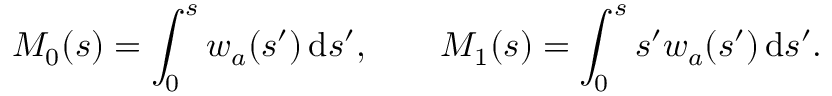
M _ { 0 } ( s ) = \int _ { 0 } ^ { s } w _ { a } ( s ^ { \prime } ) \, \mathrm { d } s ^ { \prime } , \qquad M _ { 1 } ( s ) = \int _ { 0 } ^ { s } s ^ { \prime } w _ { a } ( s ^ { \prime } ) \, \mathrm { d } s ^ { \prime } .